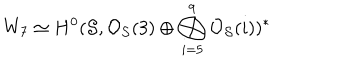
W _ { 7 } \simeq H ^ { 0 } ( { \cal S } , { \cal O } _ { \cal S } ( 3 ) \oplus \bigoplus _ { i = 5 } ^ { 9 } { \cal O } _ { \cal S } ( i ) ) ^ { * }